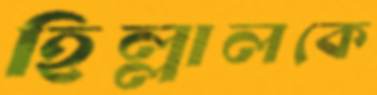
হিল্লালকে